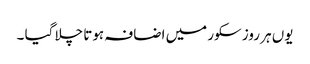
یوں ہر روز سکور میں اضافہ ہوتا چلا گیا ۔